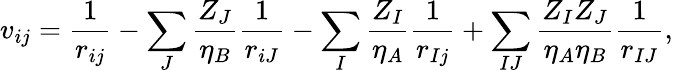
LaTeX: v_{ij}=\frac{1}{r_{ij}}-\sum_{J}\frac{Z_{J}}{\eta_{B}}\frac{1}{r_{iJ}}-\sum_{I}\frac{Z_{I}}{\eta_{A}}\frac{1}{r_{Ij}}+\sum_{IJ}\frac{Z_{I}Z_{J}}{\eta_{A}\eta_{B}}\frac{1}{r_{IJ}},